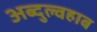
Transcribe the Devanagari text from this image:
अब्दुल्वहाब